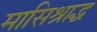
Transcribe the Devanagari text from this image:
मासिश्राद्ध